Indian journal of veterinary science and animal husbandry - Volume 13,
Year: 1943
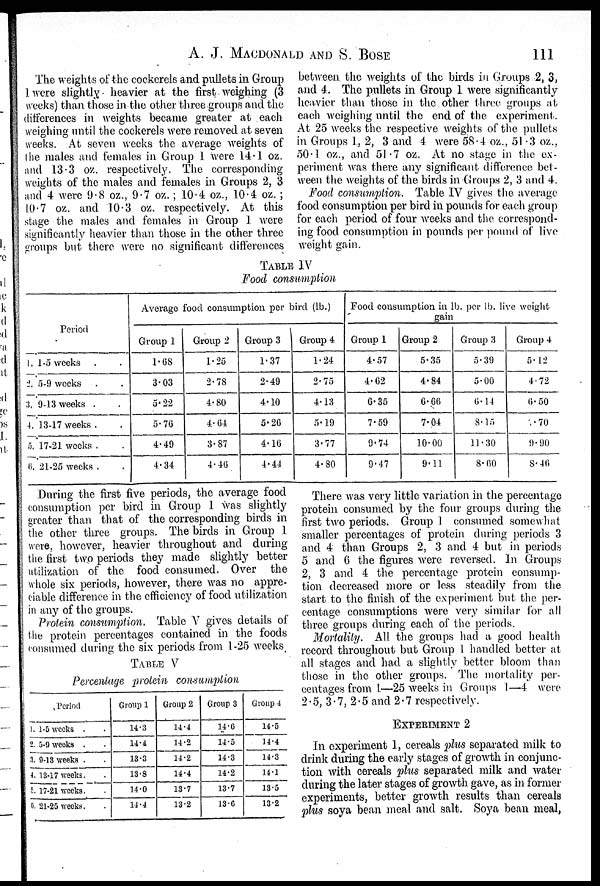
A. J. MACDONALD AND S.
BOSE
111
The weights of the cockerels and pullets in Group
1 were slightly- heavier at the first weighing (3
weeks) than those in the other three groups and the
differences in weights became greater at each
weighing until the cockerels were removed at seven
weeks. At seven weeks the average weights of
the males and females in Group 1 were 14.1 oz.
and 13.3 oz. respectively. The corresponding
weights of the males and females in Groups 2, 3
and 4 were 9.8 oz., 9.7 oz.; 10.4 oz., 10.4 oz. ;
10.7 oz. and 10.3 oz. respectively. At this
stage the males and females in Group 1 were
significantly heavier than those in the other three
groups but there were no significant differences
between the weights of the birds in Groups 2, 3,
and 4. The pullets in Group 1 were significantly
heavier than those in the other three groups at
each weighing until the end of the experiment.
At 25 weeks the respective weights of the pullets
in Groups 1, 2, 3 and 4 were 58.4 oz., 51.3 oz.,
50.1. oz., and 51.7 oz. At no stage in the ex-
periment was there any significant difference bet-
ween the weights of the birds in Groups 2, 3 and 4.
Food consumption. Table IV gives the average
food consumption per bird in pounds for each group
for each period of four weeks and the correspond-
ing food consumption in pounds per pound of live
weight gain.
TABLE IV
Food consumption
Period
1. 1-5 weeks . .
2. 5-9 weeks . .
3. 9-13 weeks . .
4. 13-17 weeks . .
5. 17-21 weeks . .
6. 21-25 weeks . .
Average food consumption per bird (lb.)
Group 1
1.68
3.03
5.22
5.76
4.49
4.34
Group 2
1.25
2.78
4.80
4.64
3.87
4.46
Group 3
1.37
2.49
4.10
5.26
4.16
4.44
Group 4
1.24
2.75
4.13
5.19
3.77
4.80
Food consumption in lb. per lb. live weight
gain
Group 1
4.57
4.62
6.35
7.59
9.74
9.47
Group 2
5.35
4.84
6.66
7.04
10.00
9.11
Group 3
5.39
5.00
6.14
8.15
11.30
8.60
Group 4
5.12
4.72
6.50
7.70
9.90
8.46
During the first five periods, the average food
consumption per bird in Group 1 was slightly
greater than that of the corresponding birds in
the other three groups. The birds in Group 1
were, however, heavier throughout and during
the first two periods they made slightly better
utilization of the food consumed. Over the
whole six periods, however, there was no appre-
ciable difference in the efficiency of food utilization
in any of the groups.
Protein consumption. Table V gives details of
the protein percentages contained in the foods
consumed during the six periods from 1-25 weeks
TABLE V
Percentage protein consumption
Period
1. 1-5 weeks . .
2. 5-9 weeks . .
3. 9-13 weeks . .
4. 13-17 weeks . .
5. 17-21 weeks . .
6. 21-25 weeks . .
Group 1
14.3
14.4
13.3
13.8
14.0
14.4
Group 2
14.4
14.2
14.2
14.4
13.7
13.2
Group 3
14.6
14.5
14.3
14.2
13.7
13.6
Group 4
14.5
14.4
14.3
14.1
13.5
13.2
There was very little variation in the percentage
protein consumed by the four groups during the
first two periods. Group 1 consumed somewhat
smaller percentages of protein during periods 3
and 4 than Groups 2, 3 and 4 but in periods
5 and 6 the figures were reversed. In Groups
2, 3 and 4 the percentage protein consump-
tion decreased more or less steadily from the
start to the finish of the experiment but the per-
centage consumptions were very similar for all
three groups during each of the periods.
Mortality. All the groups had a good health
record throughout but Group 1 handled better at
all stages and had a slightly better bloom than
those in the other groups. The mortality per-
centages from 1—25 weeks in Groups 1—4 were
2.5, 3.7, 2.5 and 2.7 respectively.
EXPERIMENT 2
In experiment 1, cereals plus separated milk to
drink during the early stages of growth in conjunc-
tion with cereals plus separated milk and water
during the later stages of growth gave, as in former
experiments, better growth results than cereals
plus soya bean meal and salt. Soya bean meal,